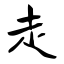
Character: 走